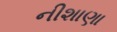
નીશાણા